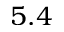
5 . 4